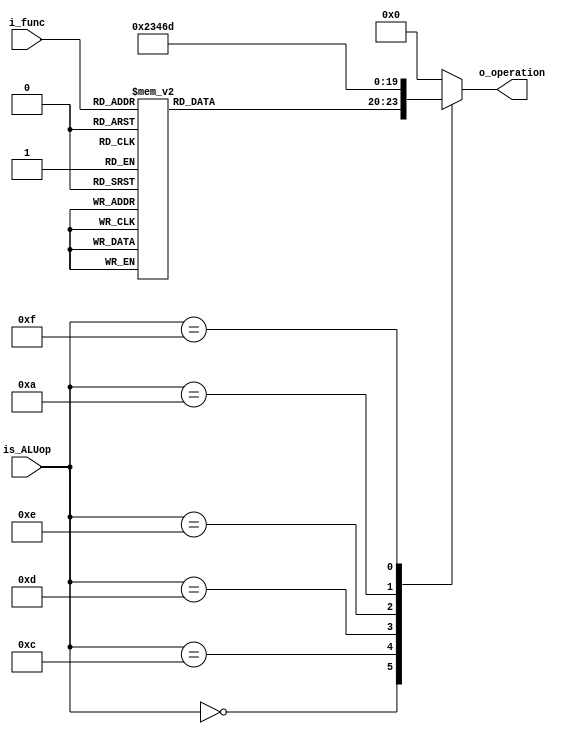
`timescale 1ns / 1ps
module ALU_control(
                input wire [3 : 0] is_ALUop,
                input wire [5 : 0] i_func,
                output reg [3 : 0] o_operation  
                 );
    //Operaciones para la ALU
    parameter [3 : 0] ADD  = 4'b0000;  
    parameter [3 : 0] SUB  = 4'b0001;  
    parameter [3 : 0] AND  = 4'b0010;  
    parameter [3 : 0] OR   = 4'b0011;  
    parameter [3 : 0] XOR  = 4'b0100;  
    parameter [3 : 0] NOR  = 4'b0101;  
    parameter [3 : 0] SLT  = 4'b0110;  
    parameter [3 : 0] SLL  = 4'b0111;  
    parameter [3 : 0] SRL  = 4'b1000;  
    parameter [3 : 0] SRA  = 4'b1001;  
    parameter [3 : 0] SLLV = 4'b1010;  
    parameter [3 : 0] SRLV = 4'b1011;  
    parameter [3 : 0] SRAV = 4'b1100;  
    parameter [3 : 0] LUI  = 4'b1101;

    always@(*)begin
        case(is_ALUop)
            //Es de tipo R-ver el campo funct           
            4'b0000:begin
                case(i_func)
                    6'b100000: o_operation = ADD; 
                    6'b100010: o_operation = SUB;
                    6'b100100: o_operation = AND;
                    6'b100101: o_operation = OR;
                    6'b100110: o_operation = XOR;
                    6'b100111: o_operation = NOR;
                    6'b101010: o_operation = SLT;
                    6'b000000: o_operation = SLL;
                    6'b000010: o_operation = SRL;
                    6'b000011: o_operation = SRA;
                    6'b000100: o_operation = SLLV;
                    6'b000110: o_operation = SRLV;
                    6'b000111: o_operation = SRAV;
                    6'b100001: o_operation = ADD;
                    6'b100011: o_operation = SUB;
                    default: o_operation = 4'b0000;
                endcase
            end
            //es load o store entonces suma
            4'b0001: o_operation = ADD;
            //ADDI
            4'b1000: o_operation = ADD;               
            //ANDI
            4'b1100: o_operation = AND;
            //ORI
            4'b1101: o_operation = OR;
            //XORI 
            4'b1110: o_operation = XOR;
            //SLTI
            4'b1010: o_operation = SLT;
            4'b1111: o_operation = LUI;
            default: o_operation = 4'b0000;
        endcase
    end
endmodule